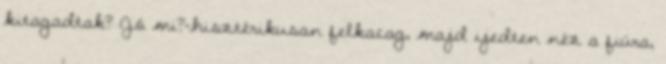
kitagadtak? Jó mi?-hisztérikusan felkacag, majd ijedten néz a fiúra,